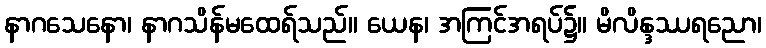
နာဂသေနော၊ နာဂသိန်မထေရ်သည်။ ယေန၊ အကြင်အရပ်၌။ မိလိန္ဒဿရညော၊